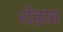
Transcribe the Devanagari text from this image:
रोहक